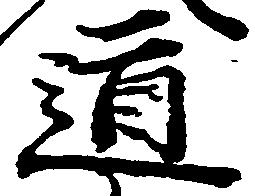
道